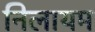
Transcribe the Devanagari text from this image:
निलायम